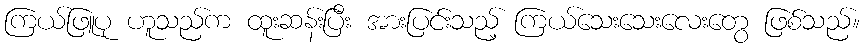
ကြယ်ဖြူပု ဟူသည်က ထူးဆန်းပြီး အားပြင်းသည့် ကြယ်သေးသေးလေးတွေ ဖြစ်သည်။